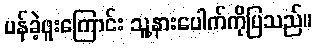
ပန်ခဲ့ဖူးကြောင်း သူ့နားပေါက်ကိုပြသည်။